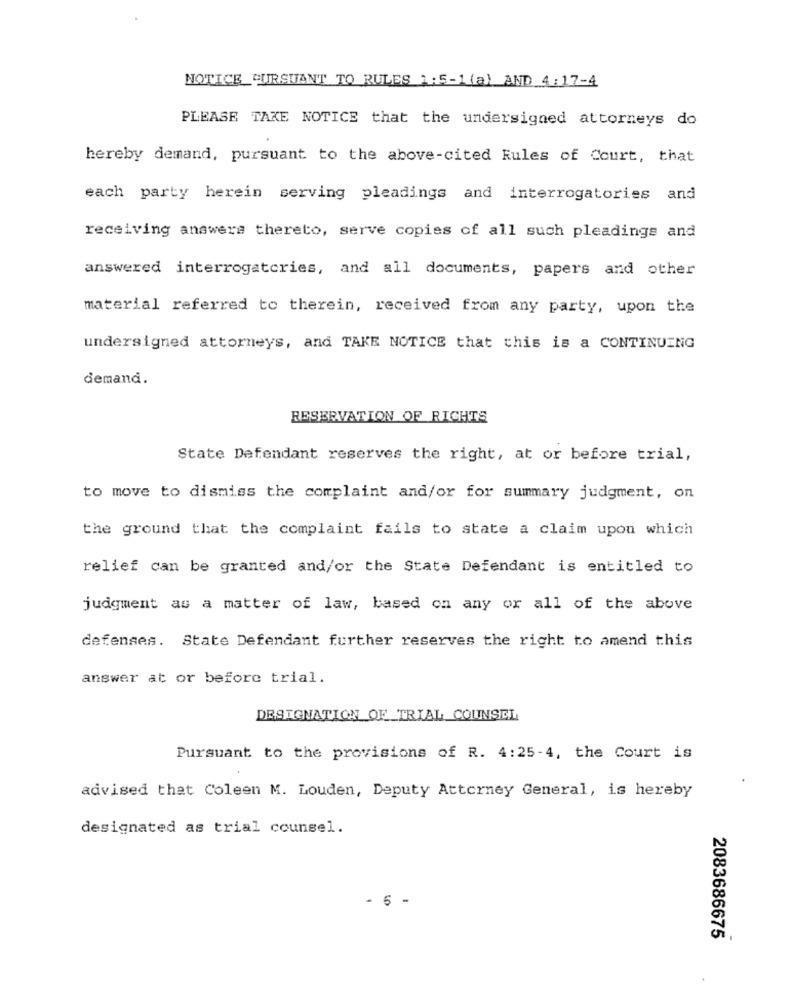
NOTICE CURSUANT TO RULES 1:5-1(a) AND 4: 17-4
PLEASE TAKE NOTICE that the undersigned attorneys do
hereby demand, pursuant to the above-cited Rules of Court, that
each party herein serving pleadings and interrogatories and
receiving answers thereto, serve copies of all such pleadings and
answered interrogatcries, and all documents, papers and other
material referred to therein, received from any party, upon the
undersigned attorneys, and TAKE NOTICE that this is a CONTINUING
demand.
RESERVATION OF RIGHTS
State Defendant reserves the right, at or before trial,
to move to dismiss the complaint and/or for summary judgment, on
the ground that the complaint fails to state a claim upon which
relief can be granted and/or the State Defendant is entitled to
judgment as a matter of law, based on any or all of the above
defenses. State Defendant further reserves the right to amend this
answer at or before trial.
DESIGNATION OF TRIAL COUNSEL
Pursuant to the provisions of R. 4:25-4, the Court is
advised that Coleen M. Louden, Deputy Attorney General, is hereby
designated as trial counsel.
5 -
2083686675